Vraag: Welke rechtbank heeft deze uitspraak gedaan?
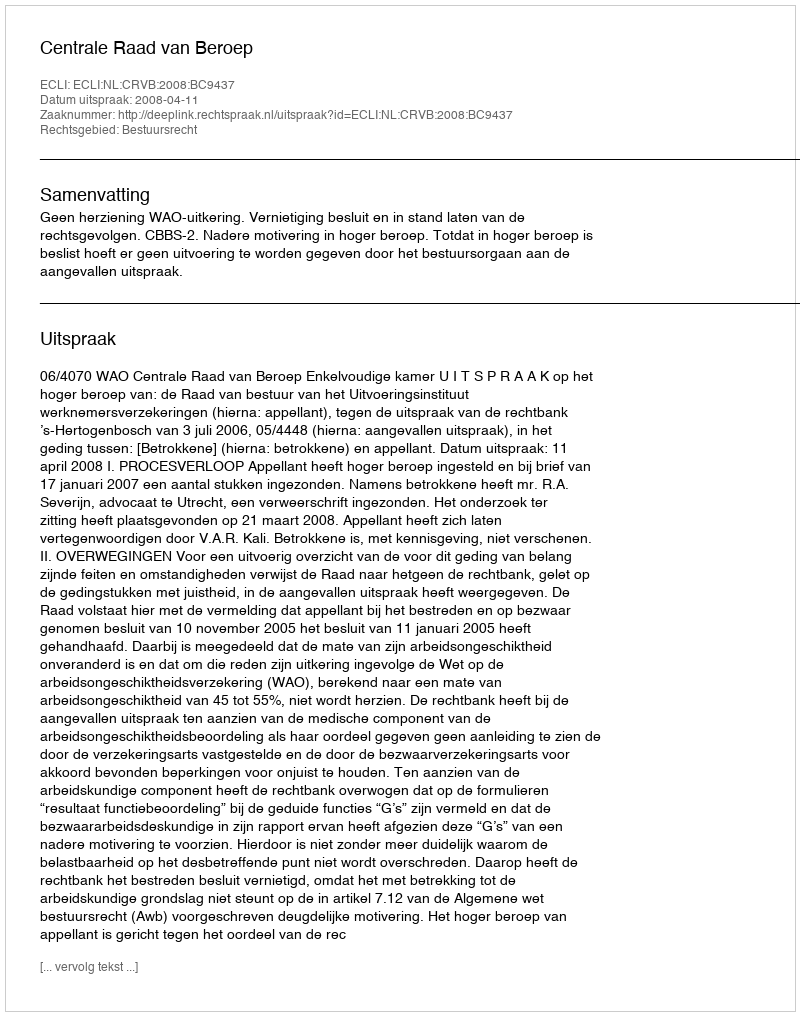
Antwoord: Centrale Raad van Beroep